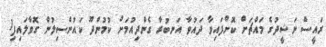
ރައީސް ނަޝީދުގެ މައްޗަށް ކޮށްފައިވާ ދައުވާ އަނބުރާ ގެންދިއުމަށް ކުމުންދޫ ކައުންސިލުން ގޮވާލައިފި1